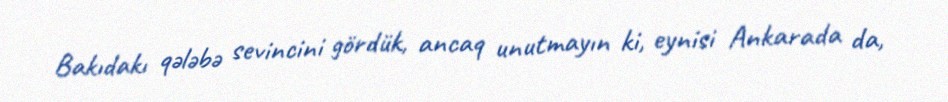
Bakıdakı qələbə sevincini gördük, ancaq unutmayın ki, eynisi Ankarada da,